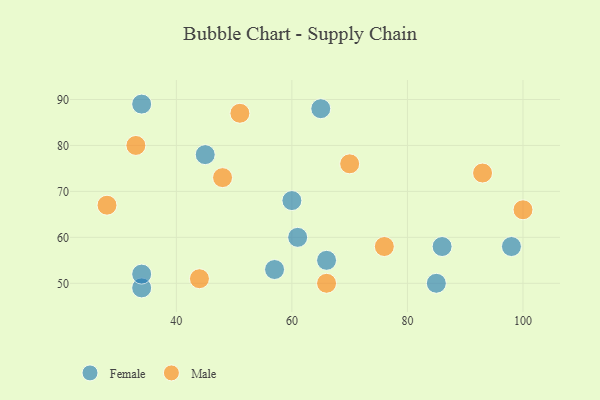
{"axis": {"x": "GDP", "y": "Life Expectancy"}, "legend": ["Female", "Male"], "data": [{"x": "45", "y": 78, "type": "Female"}, {"x": "60", "y": 68, "type": "Female"}, {"x": "61", "y": 60, "type": "Female"}, {"x": "34", "y": 89, "type": "Female"}, {"x": "65", "y": 88, "type": "Female"}, {"x": "34", "y": 49, "type": "Female"}, {"x": "34", "y": 52, "type": "Female"}, {"x": "66", "y": 55, "type": "Female"}, {"x": "57", "y": 53, "type": "Female"}, {"x": "86", "y": 58, "type": "Female"}, {"x": "85", "y": 50, "type": "Female"}, {"x": "98", "y": 58, "type": "Female"}, {"x": "76", "y": 58, "type": "Male"}, {"x": "44", "y": 51, "type": "Male"}, {"x": "33", "y": 80, "type": "Male"}, {"x": "66", "y": 50, "type": "Male"}, {"x": "28", "y": 67, "type": "Male"}, {"x": "70", "y": 76, "type": "Male"}, {"x": "48", "y": 73, "type": "Male"}, {"x": "51", "y": 87, "type": "Male"}, {"x": "100", "y": 66, "type": "Male"}, {"x": "93", "y": 74, "type": "Male"}]}